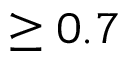
\geq 0 . 7